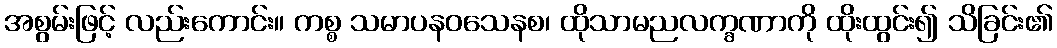
အစွမ်းဖြင့် လည်းကောင်း။ ကစ္စ သမာပနဝသေနစ၊ ထိုသာမညလက္ခဏာကို ထိုးထွင်း၍ သိခြင်း၏